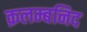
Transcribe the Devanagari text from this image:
क़लम्बनिद